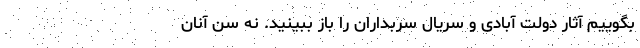
بگوییم آثار دولت آبادی و سریال سربداران را باز ببینید. نه سن آنان